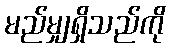
မည်မျှရှိသည်ကို